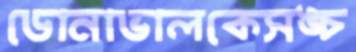
ডোনাভালকেসঙ্চ